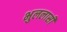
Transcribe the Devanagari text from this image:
भुललासी